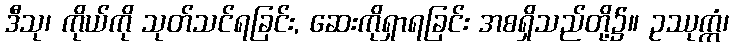
ဒီသု၊ ကိုယ်ကို သုတ်သင်ရခြင်း, ဆေးကိုရှာရခြင်း အစရှိသည်တို့၌။ ဥဿုက္ကံ၊